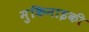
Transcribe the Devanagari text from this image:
मुकिनाइकी